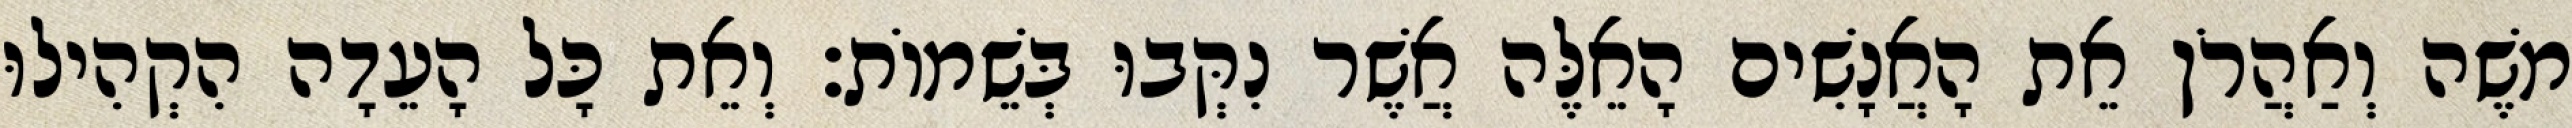
משֶׁה וְאַהֲרֹן אֵת הָאֲנָשִׁים הָאֵלֶּה אֲשֶׁר נִקְּבוּ בְּשֵׁמוֹת׃ וְאֵת כָּל הָעֵדָה הִקְהִילוּ